Report on the treatment of epidemic cholera: from information collected by the governments of Bengal, Madras, Bombay, N.W. Provinces, Punjab, Oudh, and Central India, by order of the Government of India
Disease focus: Cholera
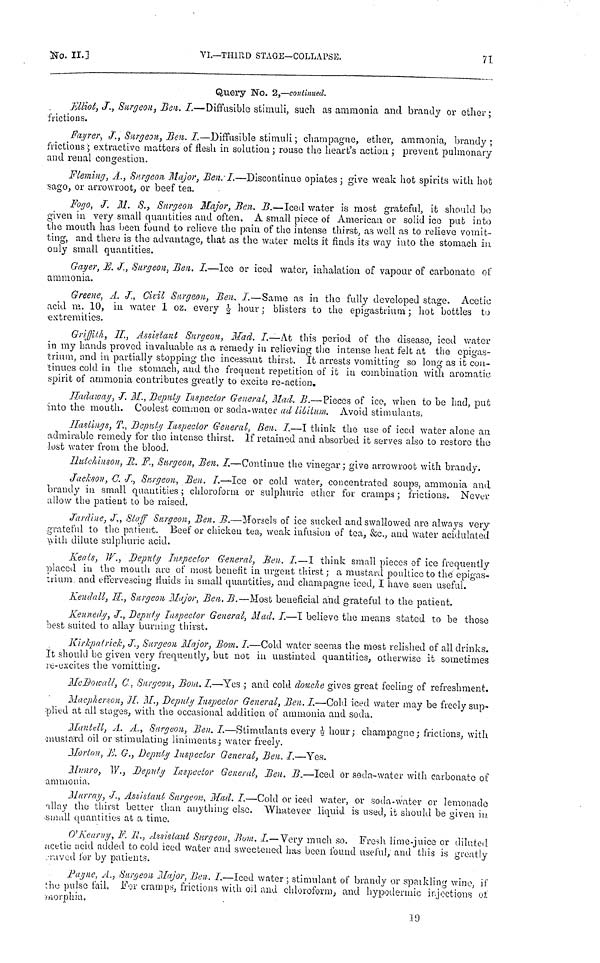
No.
II.]
VI.—THIRD STAGE—COLLAPSE,
71
Query No. 2,—continued.
Elliot, J., Surgeon, Ben. I.—Diffusible stimuli, such as ammonia and brandy or ether ;
frictions.
Fayrer, J., Surgeon, Ben. I.—Diffusible stimuli ; champagne, ether, ammonia, brandy;
frictions ; extractive matters of flesh in solution ; rouse the heart's action ; prevent pulmonary
and renal congestion.
Fleming, A., Surgeon Major, Ben. I.—Discontinue opiates ; give weak hot spirits with hoc
sago, or arrowroot, or beef tea.
Fogo, J. M. S., Surgeon Major, Ben. B.—Iced water is most grateful, it should be
given in very small quantities and often. A small piece of American or solid ice put into
the mouth has been found to relieve the pain of the intense thirst, as well as to relieve vomit-
ting, and there is the advantage, that as the water melts it finds its way into the stomach in
only small quantities.
Gayer, E. J., Surgeon, Ben. I.—Ice or iced water, inhalation of vapour of carbonate of
ammonia.
Greene, A. J., Civil Surgeon, Ben. I.—Same as in the fully developed stage. Acetic
acid m. 10, in Avater 1 oz. every ½ hour ; blisters to the epigastrium ; hot bottles to
extremities.
Griffith, H., Assistant Surgeon, Mad. I.—At this period of the disease, iced water
in my hands proved invaluable as a remedy in relieving the intense heat felt at the epigas-
trium, and in partially stopping the incessant thirst. It arrests vomitting so long as it con-
tinues cold in the stomach, and the frequent repetition of it in combination with aromatic
spirit of ammonia contributes greatly to excite re-action.
Hadaway, J. M., Deputy Inspector General, Mad. B.—Pieces of ice, when to be had, put
into the mouth. Coolest common or soda-water ad libitum. Avoid stimulants,
Hastings, T., Deputy Inspector General, Ben. I.—I think the use of iced water alone an
admirable remedy for the intense thirst. If retained and absorbed it serves also to restore the
lost water from the blood.
IIulchinson, R. F., Surgeon, Ben. I.—Continue the vinegar ; give arrowroot with brandy.
Jackson, C. J., Surgeon, Ben. I.—Ice or cold water, concentrated soups, ammonia and
brandy in small quantities ; chloroform or sulphuric ether for cramps ; frictions. Never
allow the patient to be raised.
Jardine, J., Staff Surgeon, Ben. B.—Morsels of ice sucked and swallowed are always very
grateful to the patient. Beef or chicken tea, weak infusion of tea, &c., and water acidulated
with dilute sulphuric acid.
Keals, W., Deputy Inspector General, Ben. I.—I think small pieces of ice frequently
placed in the mouth arc of most benefit in urgent thirst ; a mustard poultice to thé epigas-
trium and effervescing fluids in small quantities, and champagne iced, I have seen useful.
Kendall, H., Surgeon Major, Ben, B.—Most beneficial and grateful to the patient.
Kennedy, J., Deputy Inspector General, Mad. I.—I believe the means stated to be those
best suited to allay burning thirst.
Kirkpatrick, J., Surgeon Major, Bom. I.—Cold water seems the most relished of all drinks.
It should be given very frequently, but not in unstinted quantities, otherwise it sometimes
re-excites the vomitting.
McDowall, C, Surgeon, Bom. I.—Yes ; and cold douche gives great feeling of refreshment.
Macpherson, H. M., Deputy Inspector General, Ben. I.—Cold iced water may be freely sup-
plied at all stages, with the occasional addition of ammonia and soda.
Mantell, Α. Α., Surgeon, Ben. I.—Stimulants every ½ hour; champagne; frictions, with
mustard oil or stimulating liniments; water freely.
Morion, E. G., Deputy Inspector General, Ben. I.—Yes.
Munro, W., Deputy Inspector General, Ben. B.—Iced or soda-water with carbonato of
ammonia.
Murray, J., Assistant Surgeon, Mad. I.—Cold or iced water, or soda-water or lemonade
allay the thirst better than anything else. Whatever liquid is used, it should be given in
small quantities at a time.
O'Kearny, F. R., Assistant Surgeon, Bom. I.—Very much so. Fresh lime-juice or diluted
acetic acid added to cold iced water and sweetened has been found useful, and this is greatly
raved for by patients.
Payne, A., Surgeon Major, Ben. I.—Iced water ; stimulant of brandy or spaikling wine, if
the pulse fail. For cramps, frictions with oil and chloroform, and hypodermic injections of
morphia.
19